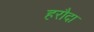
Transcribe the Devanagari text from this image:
हरौदा